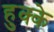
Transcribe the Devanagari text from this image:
हुक्‍के